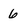
Character: 6